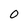
Character: 0